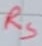
Text: RS